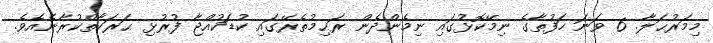
މިމަރުޙަލާ. 6 ވަނަ ހަފުތާގެ ނިމޭކޮޅުގައި ނިމެންދެން ރަޙިމުތެރޭގައި ކުޑަކުއްޖާ ފުރުޅި ޙަރަކާތްކުރާނެއެވެ.